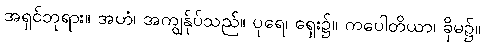
အရှင်ဘုရား။ အဟံ၊ အကျွန်ုပ်သည်။ ပုရေ၊ ရှေး၌။ ကပေါတိယာ၊ ခိုမ၌။